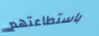
باستطاعتهم